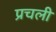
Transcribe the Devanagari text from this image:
प्रचली